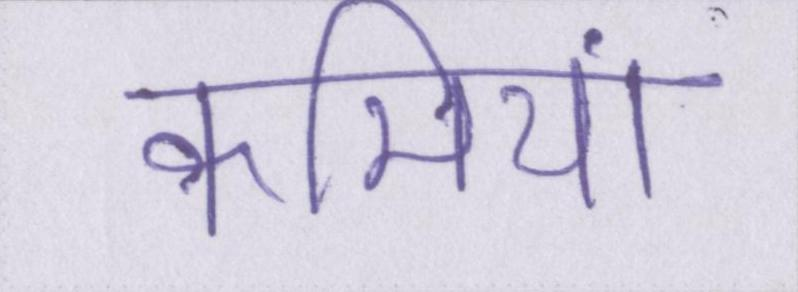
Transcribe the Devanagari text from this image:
कमियां